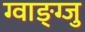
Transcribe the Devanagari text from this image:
ग्वाङ्ग्जु